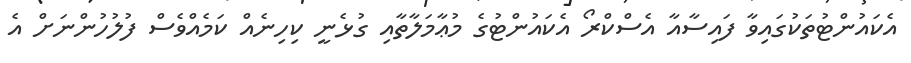
އެކައުންޓުތަކުގައިވާ ފައިސާއާ އެސްކްރޯ އެކައުންޓުގެ މުޢާމަލާތާއި ގުޅެނީ ކިހިނެއް ކަމެއްވެސް ފުލުހުންނަށް އެ